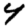
Digit: 4